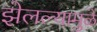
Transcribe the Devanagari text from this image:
झेलल्यामुळे